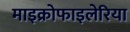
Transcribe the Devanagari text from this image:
माइक्रोफाइलेरिया